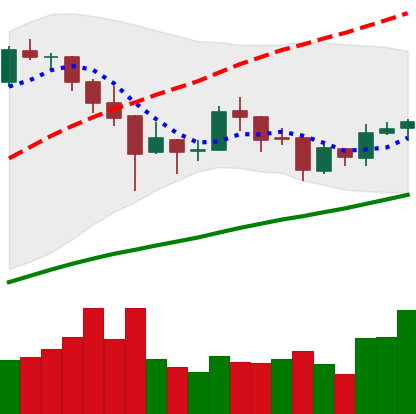
Ticker: BTC-USD
Chart end date: 2018-01-04
Forward return: -6.435%
Label: down_5_7